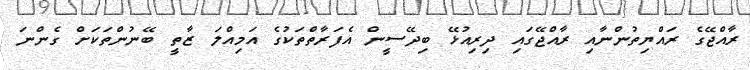
ރާއްޖޭގެ ރައްޔިތުންނާއި ރާއްޖޭގައި ދިރިއުޅޭ ބިދޭސީން އެފަރާތްތަކުގެ އަމިއްލަ ޒާތީ ބޭނުންތަކަށް ގެންނަ